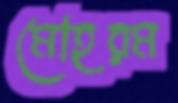
মোহরম